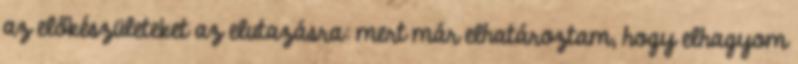
az előkészületeket az elutazásra: mert már elhatároztam, hogy elhagyom